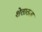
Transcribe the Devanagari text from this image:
शेतातला